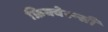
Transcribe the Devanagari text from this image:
फ्रिक्वेस्न्सी